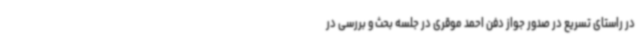
در راستای تسریع در صدور جواز دفن احمد موقری در جلسه بحث و بررسی در